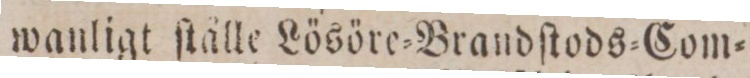
wanligt ſtålle Lösöre=Brandſtods=Com=